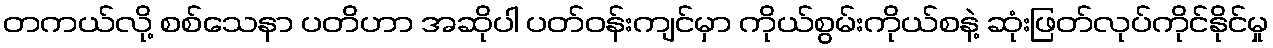
တကယ်လို့ စစ်သေနာ ပတိဟာ အဆိုပါ ပတ်ဝန်းကျင်မှာ ကိုယ်စွမ်းကိုယ်စနဲ့ ဆုံးဖြတ်လုပ်ကိုင်နိုင်မှု